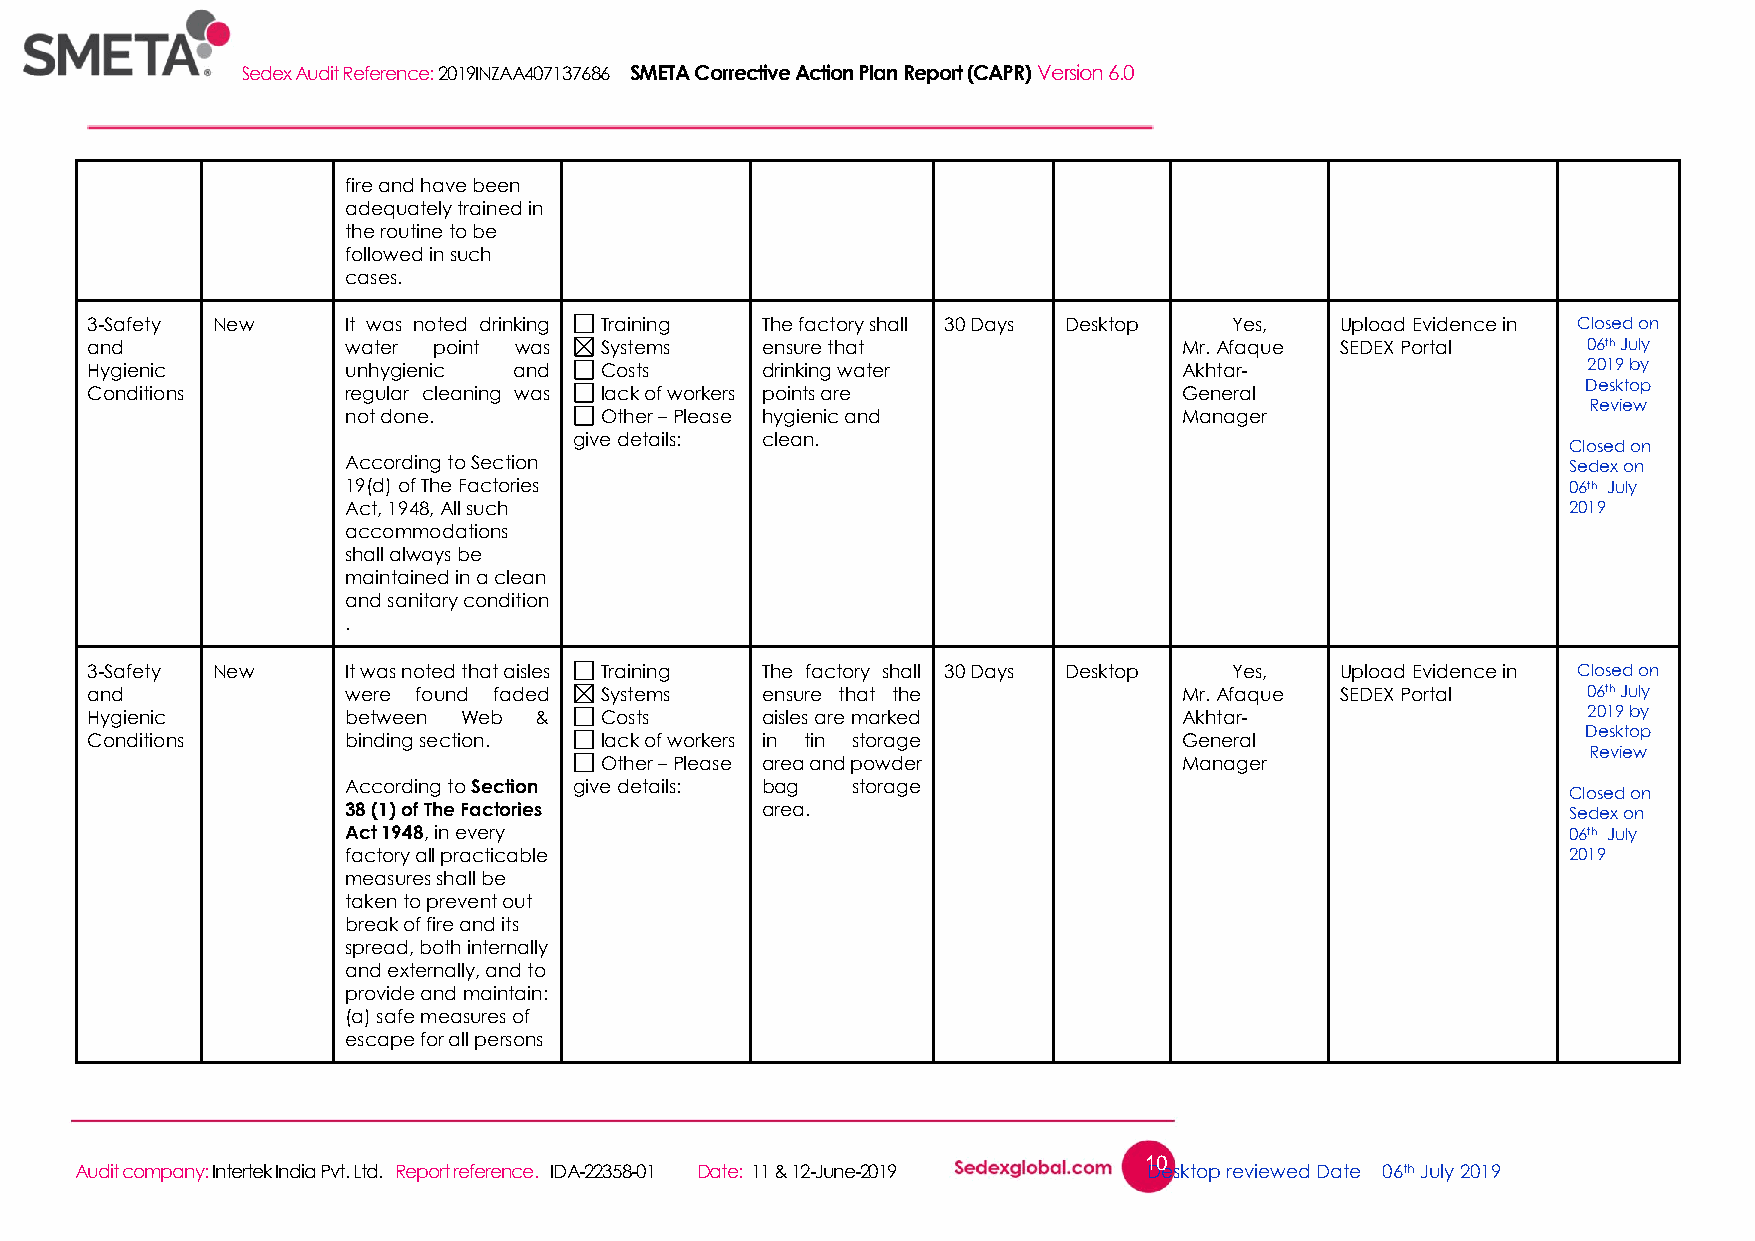
Sedex Audit Reference: 2019INZAA407137686 SMETA Corrective Action Plan Report (CAPR) Version 6.0
 fire and have been
 adequately trained in
 the routine to be
 followed in such
 cases.
 3-Safety New     It was noted drinking Training The factory shall 30 Days Desktop Yes, Upload Evidence in Closed on
 and              water point was  Systems   ensure that                 Mr. Afaque SEDEX Portal    06th July
 Hygienic         unhygienic and   Costs     drinking water              Akhtar-                    2019 by
 Desktop
 Conditions       regular cleaning was lack of workers points are        General
 Review
 not done.        Other – Please hygienic and           Manager
 give details: clean.
 Closed on
 According to Section                                                             Sedex on
 19(d) of The Factories                                                           06th July
 Act, 1948, All such                                                              2019
 accommodations
 shall always be
 maintained in a clean
 and sanitary condition
 .
 3-Safety New     It was noted that aisles Training The factory shall 30 Days Desktop Yes, Upload Evidence in Closed on
 and              were found faded Systems   ensure that the             Mr. Afaque SEDEX Portal    06th July
 Hygienic         between Web &    Costs     aisles are marked           Akhtar-                    2019 by
 Desktop
 Conditions       binding section. lack of workers in tin storage        General
 Review
 Other – Please area and powder        Manager
 According to Section give details: bag storage
 Closed on
 38 (1) of The Factories    area.                                                 Sedex on
 Act 1948, in every                                                               06th July
 factory all practicable                                                          2019
 measures shall be
 taken to prevent out
 break of fire and its
 spread, both internally
 and externally, and to
 provide and maintain:
 (a) safe measures of
 escape for all persons
 10
 Audit company: Intertek India Pvt. Ltd. Report reference. IDA-22358-01 Date: 11 & 12-June-2019 Desktop reviewed Date 06th July 2019